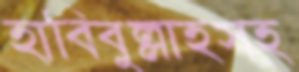
হাবিবুল্লাহসহ